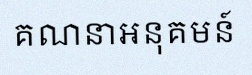
គណនាអនុគមន៍